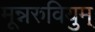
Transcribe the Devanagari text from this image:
मून्नरुवियुम्